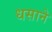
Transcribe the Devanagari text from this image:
धसाने